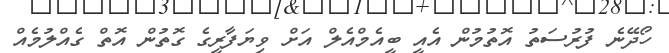
ހޯދޭނެ ފުރުސަތު އޮތުމުން އެއީ ބީއެމްއެލް އަށް ވިޔަފާރީގެ ގޮތުން އޮތް ގެއްލުމެއް